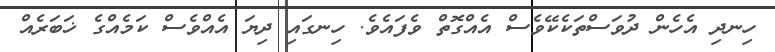
ހިނދި އެހެން ދުވަސްތަކެކޭވެސް އެއްގޮތް ވެފައެވެ. ހިނގައި ދިޔަ އެއްވެސް ކަމެއްގެ ޚަބަރެއް